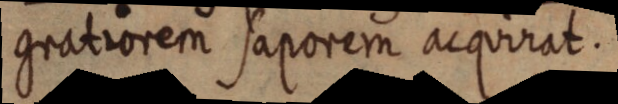
gratiorem saporem acquirat.